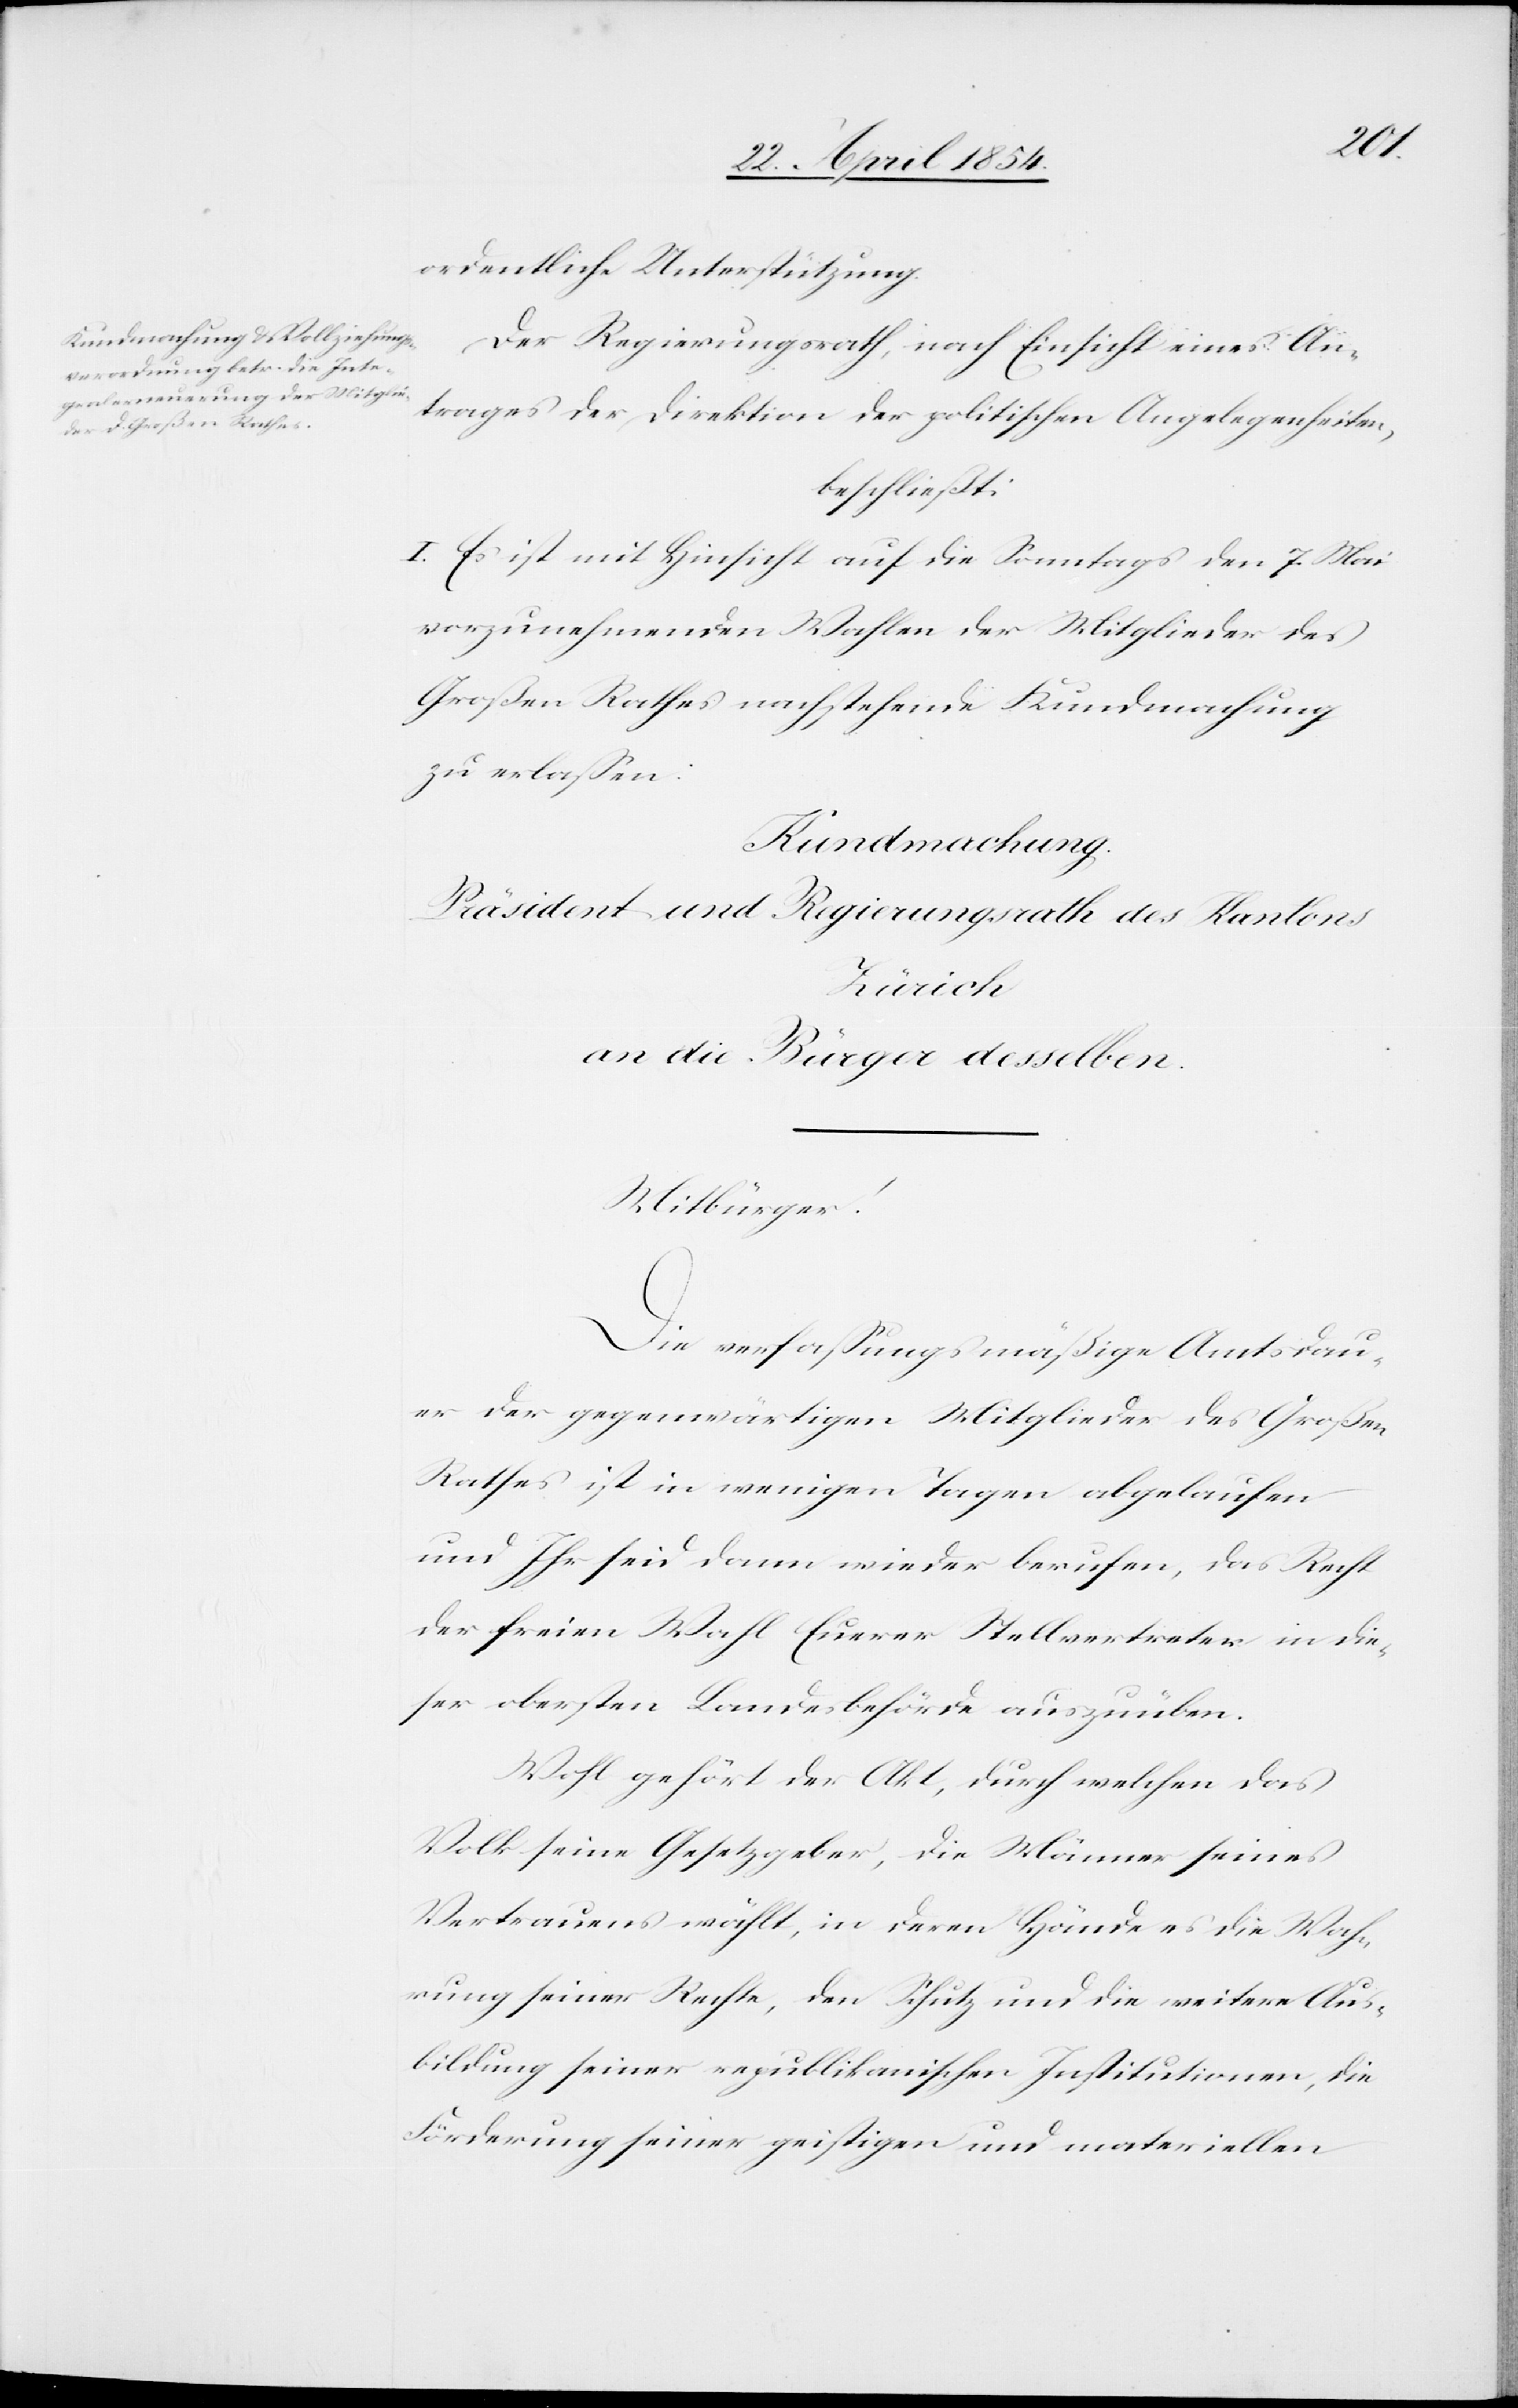
ordentliche Unterstützung.
Der Regierungsrath, nach Einsicht eines An¬
trages der Direktion der politischen Angelegenheiten,
beschließt:
I. Es ist mit Hinsicht auf die Sonntags den 7. Mai
vorzunehmende Wahlen der Mitglieder des
Großen Rathes nachstehende Kundmachung
zu erlaßen:
Kundmachung.
Präsident und Regierungsrath des Kantons
an die Bürger desselben.
Mitbürger!
Die verfaßungsmäßige Amtsdau¬
er der gegenwärtigen Mitglieder des Großen
Rathes ist in wenigen Tagen abgelaufen
und Ihr seid dann wieder berufen, das Recht
der freien Wahl Euerer Stellvertreter in die¬
ser obersten Landesbehörde auszuüben.
Wohl gehört der Akt, durch welchen das
Volk seine Gesetzgeber, die Männer seines
Vertrauens wählt, in deren Hände es die Wah¬
rung seiner Rechte, den Schutz und die weitere Aus¬
bildung seiner republikanischen Institutionen, die
Förderung seiner geistigen und materiellen